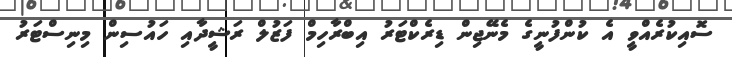
ސޮއިކުރެއްވީ އެ ކުންފުނީގެ މެނޭޖިން ޑިރެކްޓަރު އިބްރާހިމް ފަޒުލް ރަޝީދާއި ހައުސިން މިނިސްޓަރު